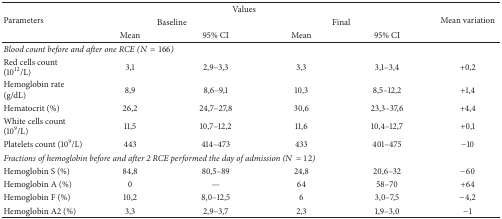
<table><thead><tr><td rowspan="3"><b>Parameters</b></td><td colspan="4"><b> Values</b></td><td rowspan="3"><b>Mean variation</b></td></tr><tr><td colspan="2"><b> Baseline</b></td><td colspan="2"><b> Final</b></td></tr><tr><td><b>Mean</b></td><td><b>95% CI</b></td><td><b>Mean</b></td><td><b>95% CI</b></td></tr></thead><tbody><tr><td colspan="6"><i>Blood count before and after one RCE </i>(<i>N</i> = 166)</td></tr><tr><td>Red cells count (10<sup>12</sup>/L)</td><td>3,1</td><td>2,9–3,3</td><td>3,3</td><td>3,1–3,4</td><td>+0,2</td></tr><tr><td>Hemoglobin rate (g/dL)</td><td>8,9</td><td>8,6–9,1</td><td>10,3</td><td>8,5–12,2</td><td>+1,4</td></tr><tr><td>Hematocrit (%)</td><td>26,2</td><td>24,7–27,8</td><td>30,6</td><td>23,3–37,6</td><td>+4,4</td></tr><tr><td>White cells count (10<sup>9</sup>/L)</td><td>11,5</td><td>10,7–12,2</td><td>11,6</td><td>10,4–12,7</td><td>+0,1</td></tr><tr><td>Platelets count (10<sup>9</sup>/L)</td><td>443</td><td>414–473</td><td>433</td><td>401–475</td><td>−10</td></tr><tr><td colspan="6"><i>Fractions of hemoglobin before and after 2 RCE performed the day of admission </i>(<i>N</i> = 12)</td></tr><tr><td>Hemoglobin S (%)</td><td>84,8</td><td>80,5–89</td><td>24,8</td><td>20,6–32</td><td>−60</td></tr><tr><td>Hemoglobin A (%)</td><td>0</td><td>—</td><td>64</td><td>58–70</td><td>+64</td></tr><tr><td>Hemoglobin F (%)</td><td>10,2</td><td>8,0–12,5</td><td>6</td><td>3,0–7,5</td><td>−4,2</td></tr><tr><td>Hemoglobin A2 (%)</td><td>3,3</td><td>2,9–3,7</td><td>2,3</td><td>1,9–3,0</td><td>−1</td></tr></tbody></table>